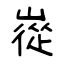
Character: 嵸